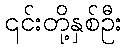
၎င်းတို့နှစ်ဦး